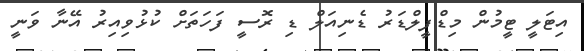
އިޓަލީ ޓީމުން މިޑްފީލްޑަރު ޑެނިއަލް ޑި ރޮސީ ފަހަތަށް ކުޅުވިއިރު އޭނާ ވަނީ